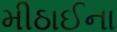
મીઠાઈના